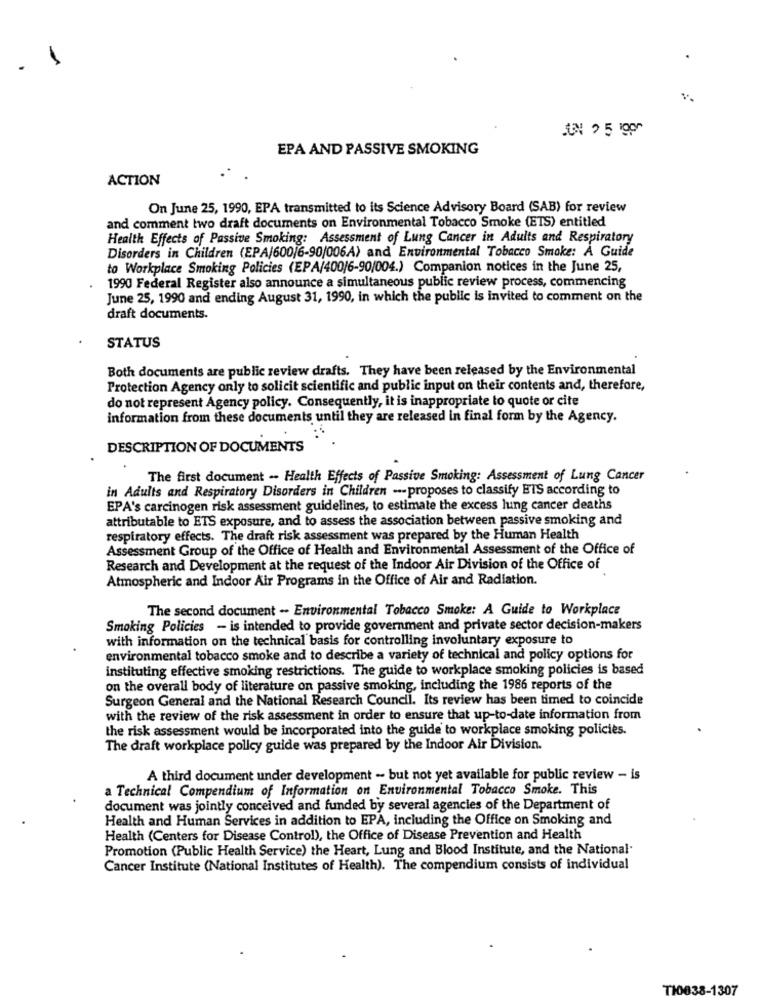
EPA AND PASSIVE SMOKING
ACTION
On June 25, 1990, EPA transmitted to its Science Advisory Board (SAB) for review
and comment two draft documents on Environmental Tobacco Smoke (ETS) entitled
Health Effects of Passive Smoking: Assessment of Lung Cancer in Adults and Respiratory
Disorders in Children (EPA/600|6-90/006A) and Environmental Tobacco Smoke: A Guide
to Workplace Smoking Policies (EPA/400/6-90/004.) Companion notices in the June 25,
1990 Federal Register also announce a simultaneous public review process, commencing
June 25, 1990 and ending August 31, 1990, in which the public is invited to comment on the
draft documents.
STATUS
Both documents are public review drafts. They have been released by the Environmental
Protection Agency only to solicit scientific and public input on their contents and, therefore,
do not represent Agency policy. Consequently, it is inappropriate to quote or cite
information from these documents until they are released in final form by the Agency.
DESCRIPTION OF DOCUMENTS
The first document - Health Effects of Passive Smoking: Assessment of Lung Cancer
in Adults and Respiratory Disorders in Children -- proposes to classify HIS according to
EPA's carcinogen risk assessment guidelines, to estimate the excess lung cancer deaths
attributable to ETS exposure, and to assess the association between passive smoking and
respiratory effects. The draft risk assessment was prepared by the Human Health
Assessment Group of the Office of Health and Environmental Assessment of the Office of
Research and Development at the request of the Indoor Air Division of the Office of
Atmospheric and Indoor Air Programs in the Office of Air and Radiation.
The second document - Environmental Tobacco Smoke: A Guide to Workplace
Smoking Policies - is intended to provide government and private sector decision-makers
with information on the technical basis for controlling involuntary exposure to
environmental tobacco smoke and to describe a variety of technical and policy options for
instituting effective smoking restrictions. The guide to workplace smoking policies is based
on the overall body of literature on passive smoking, including the 1986 reports of the
Surgeon General and the National Research Council. Its review has been timed to coincide
with the review of the risk assessment in order to ensure that up-to-date information from
the risk assessment would be incorporated into the guide to workplace smoking policies.
The draft workplace policy guide was prepared by the Indoor Air Division.
A third document under development - but not yet available for public review - is
a Technical Compendium of Information on Environmental Tobacco Smoke. This
document was jointly conceived and funded by several agencies of the Department of
Health and Human Services in addition to EPA, including the Office on Smoking and
Health (Centers for Disease Control), the Office of Disease Prevention and Health
Promotion (Public Health Service) the Heart, Lung and Blood Institute, and the National.
Cancer Institute (National Institutes of Health). The compendium consists of individual
T10038-1307